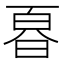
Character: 𭦚